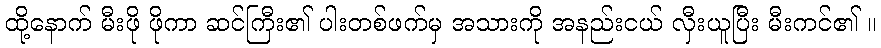
ထို့နောက် မီးဖို ဖိုကာ ဆင်ကြီး၏ ပါးတစ်ဖက်မှ အသားကို အနည်းငယ် လှီးယူပြီး မီးကင်၏ ။